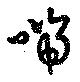
喘